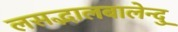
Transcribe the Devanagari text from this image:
लसद्भालबालेन्दु